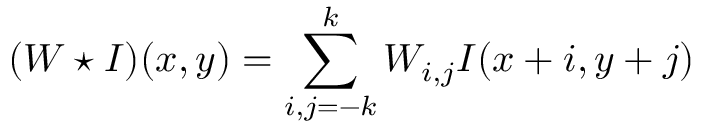
( W \star I ) ( x , y ) = \sum _ { i , j = - k } ^ { k } W _ { i , j } I ( x + i , y + j )